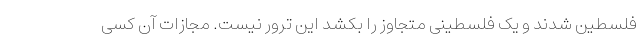
فلسطین شدند و یک فلسطینی متجاوز را بکشد این ترور نیست. مجازات آن کسی